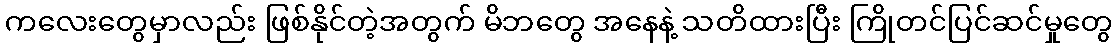
ကလေးတွေမှာလည်း ဖြစ်နိုင်တဲ့အတွက် မိဘတွေ အနေနဲ့ သတိထားပြီး ကြိုတင်ပြင်ဆင်မှုတွေ